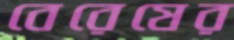
বেরেষের